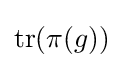
\operatorname {tr} (\pi (g))